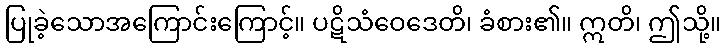
ပြုခဲ့သောအကြောင်းကြောင့်။ ပဋိသံဝေဒေတိ၊ ခံစား၏။ ဣတိ၊ ဤသို့။